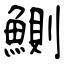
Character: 鰂